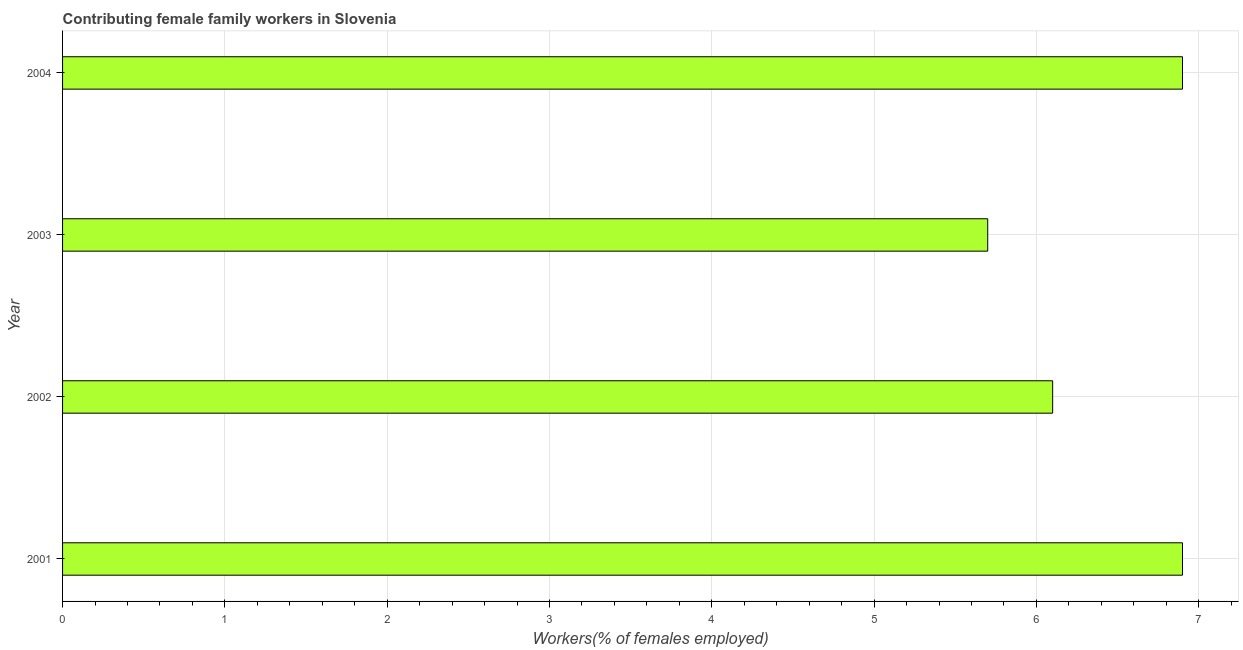
| Year | Contributing family workers |
 | --- | --- |
 | 2001 | 6.9 |
 | 2002 | 6.1 |
 | 2003 | 5.7 |
 | 2004 | 6.9 |